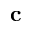
\mathbf { c }